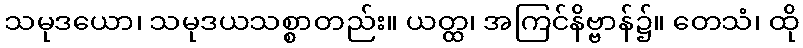
သမုဒယော၊ သမုဒယသစ္စာတည်း။ ယတ္ထ၊ အကြင်နိဗ္ဗာန်၌။ တေသံ၊ ထို